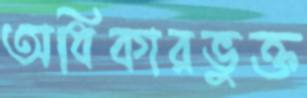
অধিকারভুক্ত